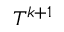
T ^ { k + 1 }